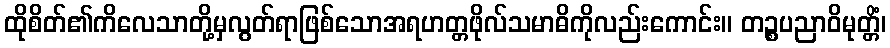
ထိုစိတ်၏ကိလေသာတို့မှလွတ်ရာဖြစ်သောအရဟတ္တဖိုလ်သမာဓိကိုလည်းကောင်း။ တဉ္စပညာဝိမုတ္တိံ၊